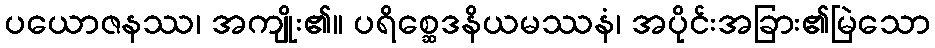
ပယောဇနဿ၊ အကျိုး၏။ ပရိစ္ဆေဒနိယမဿနံ၊ အပိုင်းအခြား၏မြဲသော